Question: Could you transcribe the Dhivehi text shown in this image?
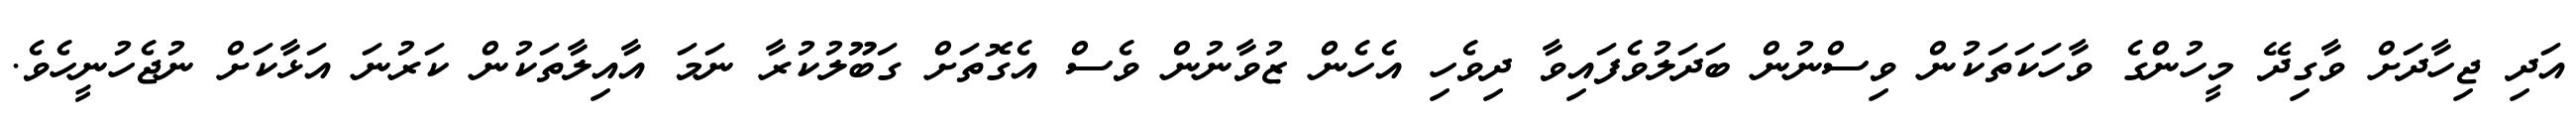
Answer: އަދި ޖިހާދަށް ވާގިދޭ މީހުންގެ ވާހަކަތަކުން ވިސްނުން ބަދަލުވެފައިވާ ދިވެހި އެހެން ޒުވާނުން ވެސް އެގޮތަށް ގަބޫލުކުރާ ނަމަ އާއިލާތަކުން ކަރުނަ އަޅާކަށް ނުޖެހުނީހެވެ.